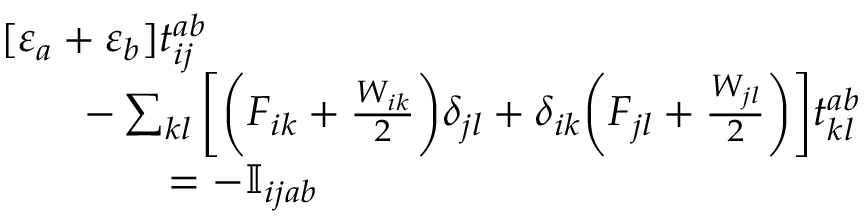
\begin{array} { r l } & { [ \varepsilon _ { a } + \varepsilon _ { b } ] t _ { i j } ^ { a b } } \\ & { \qquad - \sum _ { k l } \bigg [ \bigg ( F _ { i k } + \frac { W _ { i k } } { 2 } \bigg ) \delta _ { j l } + \delta _ { i k } \bigg ( F _ { j l } + \frac { W _ { j l } } { 2 } \bigg ) \bigg ] t _ { k l } ^ { a b } } \\ & { \qquad \qquad = - \mathbb { I } _ { i j a b } } \end{array}